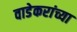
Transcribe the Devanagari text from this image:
वाडेकरांच्या